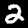
Digit: 2